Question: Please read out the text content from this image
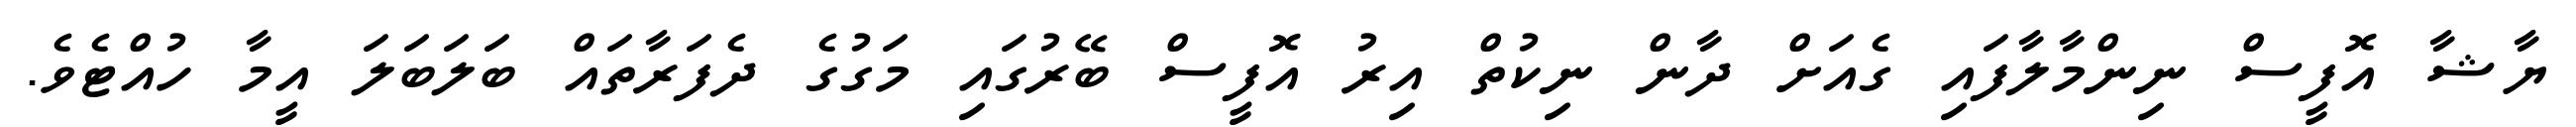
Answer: ޔާޝާ އޮފީސް ނިންމާލާފައި ގެއަށް ދާން ނިކުތް އިރު އޮފީސް ބޭރުގައި މަގުގެ ދެފަރާތައް ބަލަބަލަ އީމާ ހުއްޓެވެ.